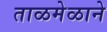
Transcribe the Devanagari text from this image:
ताळमेळाने